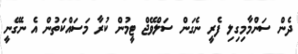
ދެން ސަންމާމިގިލި ފެރީ ނެގަން ސަލްވޭޖް ޓީމުން ކުރާ މަސައްކަތުން އެ ނެގޭނީ